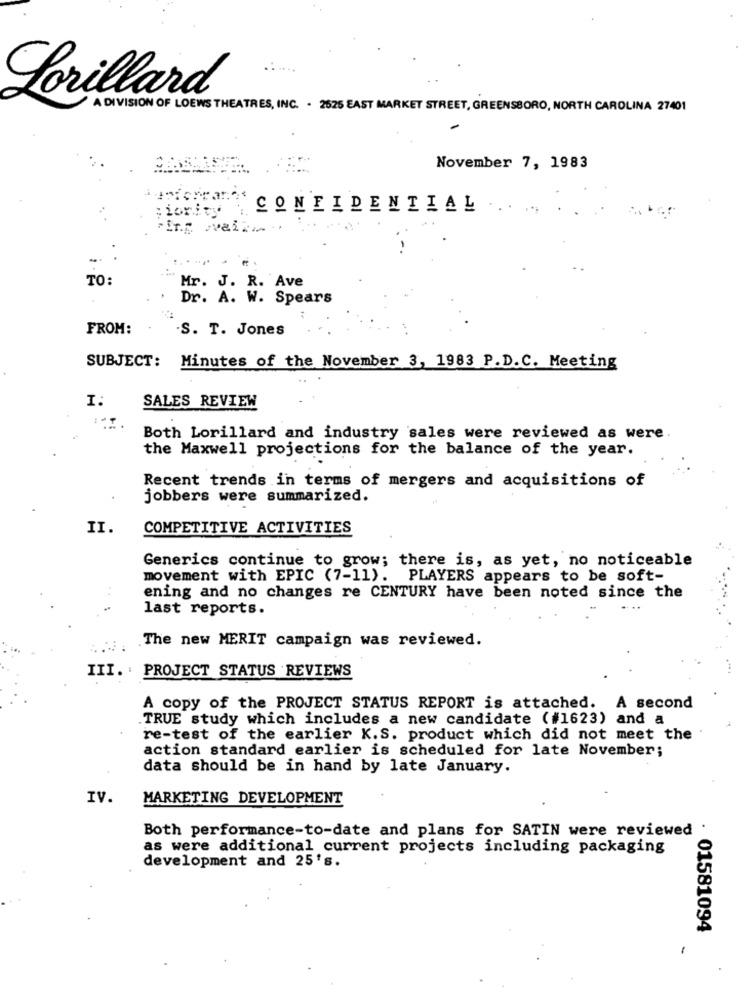
Lorillard
A DIVISION OF LOEWS THEATRES, INC. . 2625 EAST MARKET STREET, GREENSBORO, NORTH CAROLINA 27401
November 7, 1983
CONFIDENTIAL
: ionity"
Fing wvair.
TO:
Mr. J. R. Ave
Dr. A. W. Spears
FROM:
S. T. Jones
SUBJECT: Minutes of the November 3, 1983 P.D.C. Meeting
I.
SALES REVIEW
Both Lorillard and industry sales were reviewed as were
the Maxwell projections for the balance of the year.
Recent trends in terms of mergers and acquisitions of
jobbers were summarized.
II.
COMPETITIVE ACTIVITIES
Generics continue to grow; there is, as yet, no noticeable
movement with EPIC (7-11). PLAYERS appears to be soft-
ening and no changes re CENTURY have been noted since the
last reports.
....
.The new MERIT campaign was reviewed.
III. PROJECT STATUS REVIEWS
A copy of the PROJECT STATUS REPORT is attached. A second
TRUE study which includes a new candidate (#1623) and a
re-test of the earlier K.S. product which did not meet the
action standard earlier is scheduled for late November;
data should be in hand by late January.
IV.
MARKETING DEVELOPMENT
Both performance-to-date and plans for SATIN were reviewed
as were additional current projects including packaging
development and 25's.
01581094